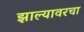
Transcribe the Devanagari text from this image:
झाल्यावरचा